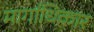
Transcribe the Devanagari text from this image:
मार्गाधिकार